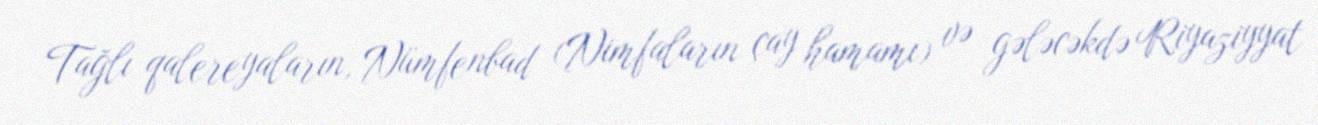
Tağlı qalereyaların, Nümfenbad (Nimfaların çay hamamı) və gələcəkdə Riyaziyyat